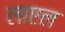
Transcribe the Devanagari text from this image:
लाएल